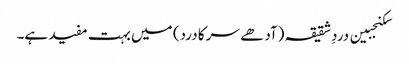
سکنجبین دردِ شقیقہ (آدھے سر کا درد) میں بہت مفید ہے۔